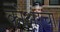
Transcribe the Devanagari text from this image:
कोअरचा